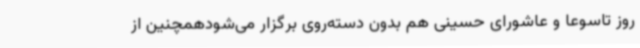
روز تاسوعا و عاشورای حسینی هم بدون دسته‌روی برگزار می‌شودهمچنین از